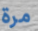
مرة